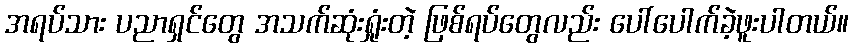
အရပ်သား ပညာရှင်တွေ အသက်ဆုံးရှုံးတဲ့ ဖြစ်ရပ်တွေလည်း ပေါ်ပေါက်ခဲ့ဖူးပါတယ်။